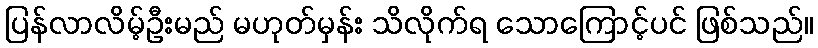
ပြန်လာလိမ့်ဦးမည် မဟုတ်မှန်း သိလိုက်ရ သောကြောင့်ပင် ဖြစ်သည်။